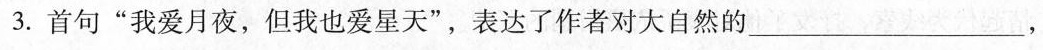
3.首句”我爱月夜，但我也爱星天”，表达了作者对大自然的___，